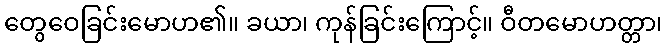
တွေဝေခြင်းမောဟ၏။ ခယာ၊ ကုန်ခြင်းကြောင့်။ ဝီတမောဟတ္တာ၊